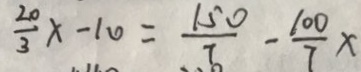
\frac { 2 0 } { 3 } x - 1 0 = \frac { 1 5 0 } { 7 } - \frac { 1 0 0 } { 7 } x